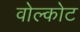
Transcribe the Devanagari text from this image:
वोल्कोट